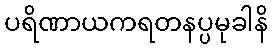
ပရိဏာယကရတနပ္ပမုခါနိ